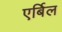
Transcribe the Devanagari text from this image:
एर्बिल